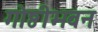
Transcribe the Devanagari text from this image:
गोष्ठीभवन